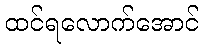
ထင်ရလောက်အောင်